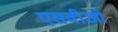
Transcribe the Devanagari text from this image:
एसवीओ